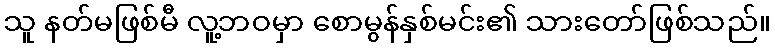
သူ နတ်မဖြစ်မီ လူ့ဘဝမှာ စောမွန်နှစ်မင်း၏ သားတော်ဖြစ်သည်။